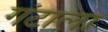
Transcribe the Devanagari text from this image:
गंटाला